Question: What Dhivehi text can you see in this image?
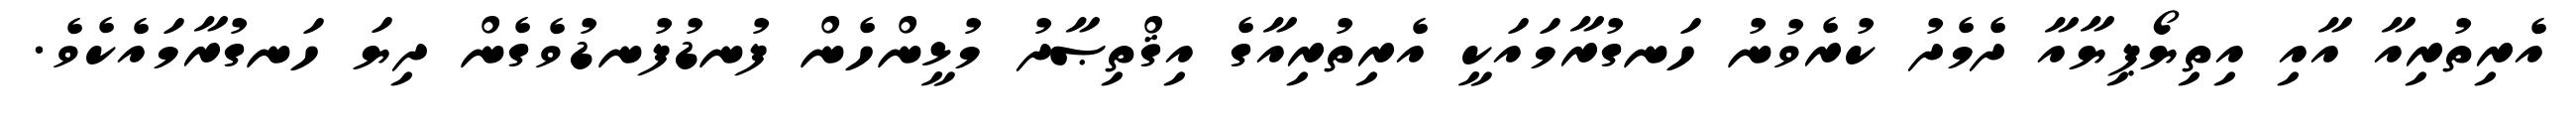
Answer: އެރިތުރިއާ އާއި އިތިޔޯޕިޔާއާ ދެމެދު ކުރެވުނު ހަނގުރާމައަކީ އެރިތުރިއާގެ އިޤްތިޞާދު މުޅީންހެން ފުނޑުފުނޑުވެގެން ދިޔަ ހަނގުރާމައެކެވެ.